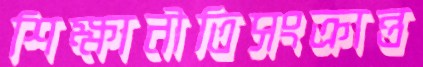
শিক্ষানীতিসংক্রান্ত